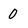
Character: 0